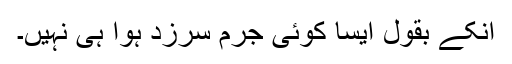
انکے بقول ایسا کوئی جرم سرزد ہوا ہی نہیں۔